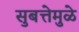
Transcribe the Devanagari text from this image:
सुबत्तेमुळे